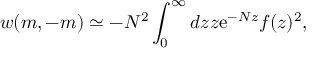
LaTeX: w ( m , - m ) \simeq - N ^ { 2 } \int _ { 0 } ^ { \infty } d z z \mathrm { e } ^ { - N z } f ( z ) ^ { 2 } ,